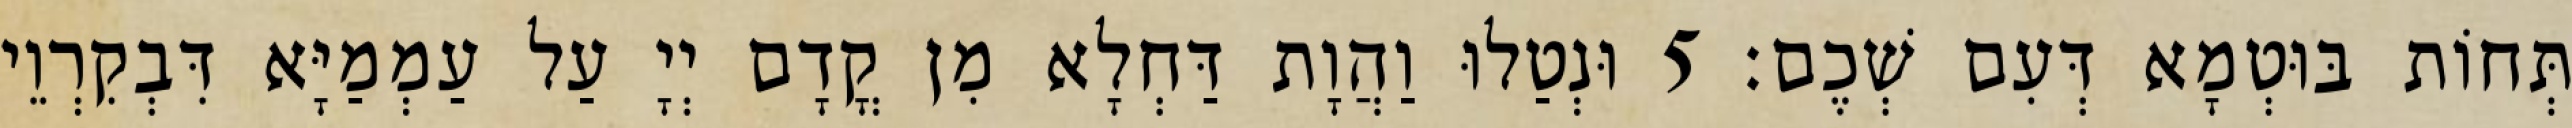
תְּחוֹת בּוּטְמָא דְּעִם שְׁכֶם׃ 5 וּנְטַלוּ וַהֲוָת דַּחְלָא מִן קֳדָם יְיָ עַל עַמְמַיָּא דִּבְקִרְוֵי